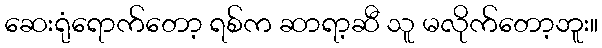
ဆေးရုံရောက်တော့ ရစ်က ဆာရာ့ဆီ သူ မလိုက်တော့ဘူး။